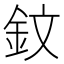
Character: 鈫